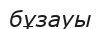
бұзауы